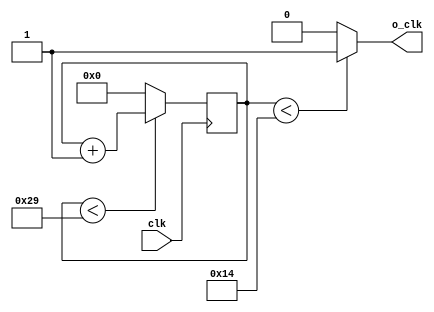
`timescale 1ns / 1ps
//////////////////////////////////////////////////////////////////////////////////
// Company: 
// Engineer: 
// 
// Design Name: 
// Module Name:    siete 
// Project Name: 
// Target Devices: 
// Tool versions: 
// Description: 
/*
7.	Describa en Verilog un circuito que utilice 
contadores para dividir un master clock de 20.48 MHz y
 genere un seal con un duty cycle del 50% y una frecuencia de 5 KHz.
 
 20480000 - 100%
 50000      - 0.024% => 40.96 => necesito contador de 6bits
 
"Duty cycle": parmetro asociado o que define a la seal PWM, denominado Ciclo de Trabajo,
 el cual determina el porcentaje de tiempo que el pulso (o voltaje aplicado) est en estado activo (on) durante un ciclo.
Por ejemplo, si una seal tiene un periodo de 10 ms y sus pulsos son de ancho (PW) 2ms, dicha seal tiene un ciclo
 de trabajo (duty cycle) de 20% (20% on y 80% off). El siguiente grfico muestra tres seales PWM con diferentes "duty cycles". 

*/
// Dependencies: 
//
// Revision: 
// Revision 0.01 - File Created
// Additional Comments: 
//
//////////////////////////////////////////////////////////////////////////////////
module siete
	# (parameter N_BITS = 6 , parameter CONTADOR_VALOR = 41)
	(
	input clk,
	output reg o_clk
    );
	
	reg [N_BITS-1:0] contador;
	
	initial 
	begin
		contador = 0;
	end
	
	//El contador varia segn el clokc de entrada
	always @ (posedge clk)
	begin
		if (contador < CONTADOR_VALOR)
			contador <= contador +1;
		else
			contador <= 0;
	end
	
	//El clock de salida varia segun el contador. Se mantiene el alto 2/4 (50% del tiempo) .
	always @ (contador)
	begin
		if (contador < CONTADOR_VALOR/2)
			o_clk <= 1;
		else
			o_clk <= 0;
	end
	
	

endmodule